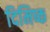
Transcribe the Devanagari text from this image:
दिमिष्क